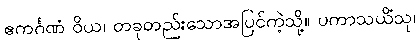
ဧကင်္ဂဏံ ဝိယ၊ တခုတည်းသောအပြင်ကဲ့သို့။ ပကာသယိံသု၊